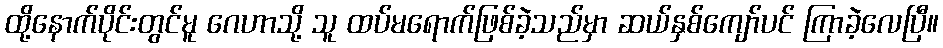
ထို့နောက်ပိုင်းတွင်မူ ဂေဟာသို့ သူ ထပ်မရောက်ဖြစ်ခဲ့သည်မှာ ဆယ်နှစ်ကျော်ပင် ကြာခဲ့လေပြီ။